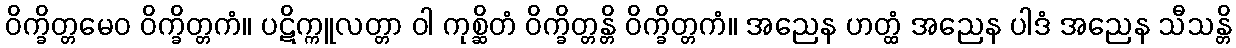
ဝိက္ခိတ္တမေဝ ဝိက္ခိတ္တကံ။ ပဋိက္ကူလတ္တာ ဝါ ကုစ္ဆိတံ ဝိက္ခိတ္တန္တိ ဝိက္ခိတ္တကံ။ အညေန ဟတ္ထံ အညေန ပါဒံ အညေန သီသန္တိ